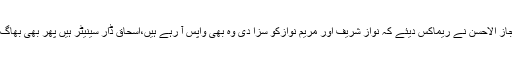
جسٹس اعجاز الاحسن نے ریماکس دیئے کہ نواز شریف اور مریم نوازکو سزا دی وہ بھی واپس آ رہے ہیں،اسحاق ڈار سینیٹر ہیں پھر بھی بھاگ رہے ہیں۔